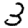
Digit: 3